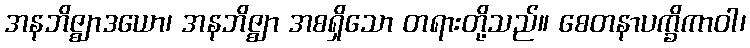
အနဘိဇ္ဈာဒယော၊ အနဘိဇ္ဈာ အစရှိသော တရားတို့သည်။ စေတနာပက္ခိကာဝါ၊